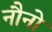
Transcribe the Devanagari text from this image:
नौनो